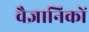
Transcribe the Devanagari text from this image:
वैज्ञानिकाें